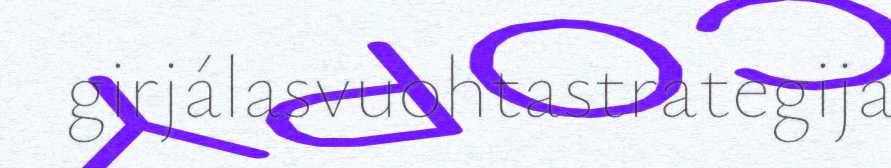
girjálasvuohtastrategija